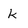
Character: k